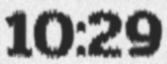
10:29